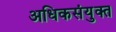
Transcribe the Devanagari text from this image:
अधिकसंयुक्त